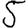
Digit: 5